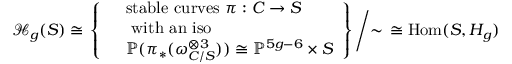
{ \mathcal { H } } _ { g } ( S ) \cong \left. \left\{ { \begin{array} { l l } & { { \mathrm { s t a b l e ~ c u r v e s ~ } } \pi : C \to S } \\ & { { \mathrm { ~ w i t h ~ a n ~ i s o ~ } } } \\ & { \mathbb { P } ( \pi _ { * } ( \omega _ { C / S } ^ { \otimes 3 } ) ) \cong \mathbb { P } ^ { 5 g - 6 } \times S } \end{array} } \right\} { \Bigg / } { \sim } \right. \cong \operatorname { H o m } ( S , H _ { g } )